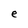
Character: e